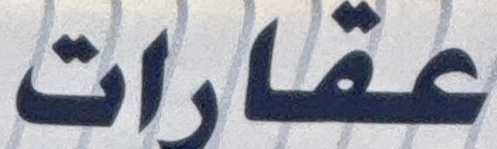
عقارات